Lunatic asylums in Bengal annual reports 1899-1911 - 1899-1911
Year: 1899
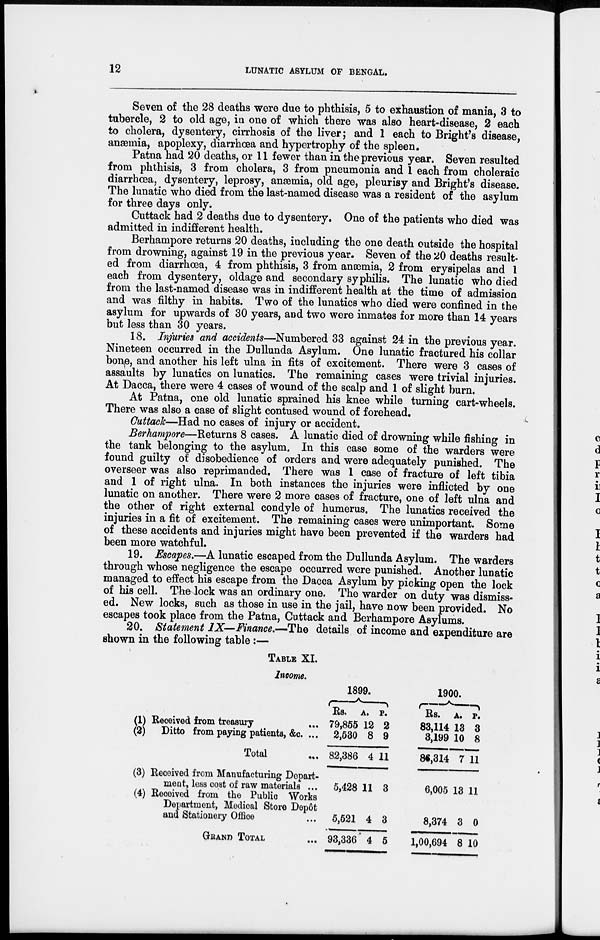
12
LUNATIC ASYLUM OF BENGAL.
Seven of the 28 deaths were due to phthisis, 5 to exhaustion of mania, 3 to
tubercle, 2 to old age, in one of which there was also heart-disease, 2 each
to cholera, dysentery, cirrhosis of the liver; and 1 each to Bright's disease,
anæmia, apoplexy, diarrhœa and hypertrophy of the spleen.
Patna had 20 deaths, or 11 fewer than in the previous year. Seven resulted
from phthisis, 3 from cholera, 3 from pneumonia and 1 each from choleraic
diarrhœa, dysentery, leprosy, anæmia, old age, pleurisy and Bright's disease.
The lunatic who died from the last-named disease was a resident of the asylum
for three days only.
Cuttack had 2 deaths due to dysentery. One of the patients who died was
admitted in indifferent health.
Berhampore returns 20 deaths, including the one death outside the hospital
from drowning, against 19 in the previous year. Seven of the 20 deaths result-
ed from diarrhœa, 4 from phthisis, 3 from anæmia, 2 from erysipelas and 1
each from dysentery, oldage and secondary syphilis. The lunatic Who died
from the last-named disease was in indifferent health at the time of admission
and was filthy in habits. Two of the lunatics who died were confined in the
asylum for upwards of 30 years, and two were inmates for more than 14 years
but less than 30 years.
18. Injuries and accidents—Numbered 33 against 24 in the previous year.
Nineteen occurred in the Dullunda Asylum. One lunatic fractured his collar
bone, and another his left ulna in fits of excitement. There were 3 cases of
assaults by lunatics on lunatics. The remaining cases were trivial injuries.
At Dacca, there were 4 cases of wound of the scalp and 1 of slight burn.
At Patna, one old lunatic sprained his knee while turning cart-wheels.
There was also a case of slight contused wound of forehead.
Cuttack—Had no cases of injury or accident.
Berhampore—Returns 8 cases. A lunatic died of drowning while fishing in
the tank belonging to the asylum. In this case some of the warders were
found guilty of disobedience of orders and were adequately punished. The
overseer was also reprimanded. There was 1 case of fracture of left tibia
and 1 of right ulna. In both instances the injuries were inflicted by one
lunatic on another. There were 2 more cases of fracture, one of left ulna and
the other of right external condyle of humerus. The lunatics received the
injuries in a fit of excitement. The remaining cases were unimportant. Some
of these accidents and injuries might have been prevented if the warders had
been more watchful.
19. Escapes.—A lunatic escaped from the Dullunda Asylum. The warders
through whose negligence the escape occurred were punished. Another lunatic
managed to effect his escape from the Dacca Asylum by picking open the lock
of his cell. The lock was an ordinary one. The warder on duty was dismiss-
ed. New locks, such as those in use in the jail, have now been provided. No
escapes took place from the Patna, Cuttack and Berhampore Asylums.
20. Statement IX— Finance.—The details of income and expenditure are
shown in the following table :—
TABLE XI.
Income.
(1)
(2)
Received from treasury ...
Ditto from paying patients, &c. ...
Total ...
(3)
(4)
Received from Manufacturing Depart-
ment, less cost of raw materials ...
Received from the Public Works
Department, Medical Store Depôt
and Stationery Office ...
GRAND TOTAL ...
1899.
Rs.
79,855
2,530
82,386
5,428
5,521
93,336
A.
12
8
4
11
4
4
P.
2
9
11
3
3
5
1900.
Rs.
83,114
3,199
86,314
6,005
8,374
1,00,694
A.
13
10
7
13
3
8
P.
3
8
11
11
0
10